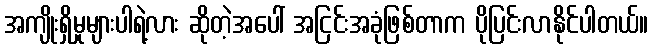
အကျိုးရှိမှုများပါရဲ့လား ဆိုတဲ့အပေါ် အငြင်းအခုံဖြစ်တာက ပိုပြင်းလာနိုင်ပါတယ်။